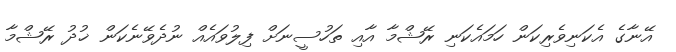
އޭނާގެ އެކަނިވެރިކަން ހަމައެކަނި ރޭޝްމާ އާއި ތަހުސީނަށް ފިލުވައެއް ނުދެވޭނެކަން ޚުދު ރޭޝްމާ